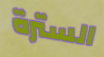
السترة